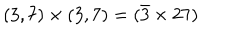
LaTeX: ( 3 , 7 ) \times ( 3 , 7 ) = ( \bar { 3 } \times 2 7 )